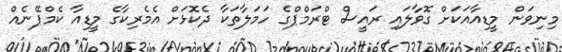
މިނިވަން މީޑިއާއަކަށް ގޮވާލައި ރައީސް ޓްރަމްޕްގެ ހަމަލާތަކާ ދެކޮޅަށް އެމެރިކާގެ މީޑިއާ ކެމްޕޭނެއް